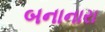
બનાનારા